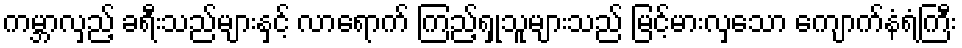
ကမ္ဘာလှည့် ခရီးသည်များနှင့် လာရောက် ကြည့်ရှုသူများသည် မြင့်မားလှသော ကျောက်နံရံကြီး